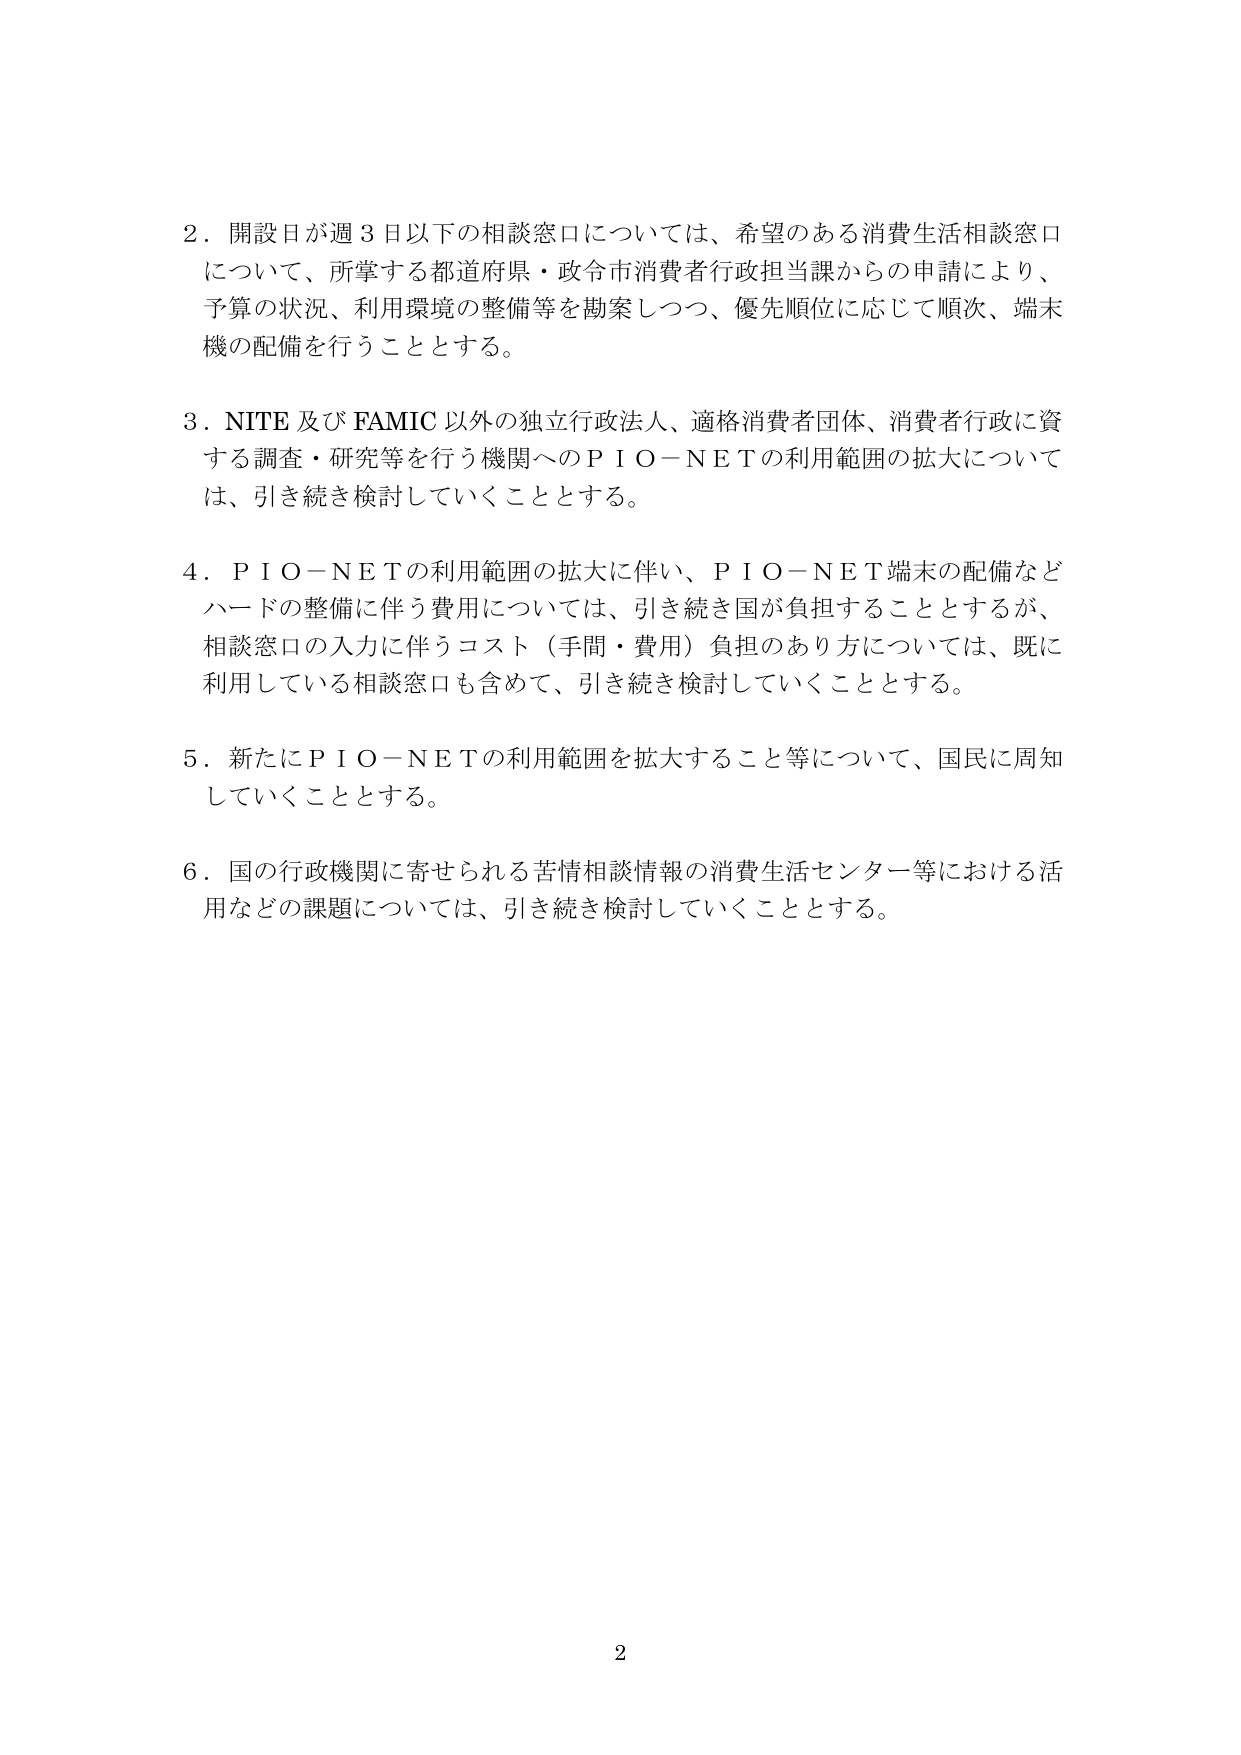
2．開設日が週3日以下の相談窓口については、希望のある消費生活相談窓口について、所掌する都道府県・政令市消費者行政担当課からの申請により、予算の状況、利用環境の整備等を勘案しつつ、優先順位に応じて順次、端末機の配備を行うこととする。

3．NITE及びFAMIC以外の独立行政法人、適格消費者団体、消費者行政に資する調査・研究等を行う機関へのＰＩＯ－ＮＥＴの利用範囲の拡大については、引き続き検討していくこととする。

4．ＰＩＯ－ＮＥＴの利用範囲の拡大に伴い、ＰＩＯ－ＮＥＴ端末の配備などハードの整備に伴う費用については、引き続き国が負担することとするが、相談窓口の入力に伴うコスト（手間・費用）負担のあり方については、既に利用している相談窓口も含めて、引き続き検討していくこととする。

5．新たにＰＩＯ－ＮＥＴの利用範囲を拡大すること等について、国民に周知していくこととする。

6．国の行政機関に寄せられる苦情相談情報の消費生活センター等における活用などの課題については、引き続き検討していくこととする。

2